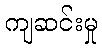
ကျဆင်းမှု